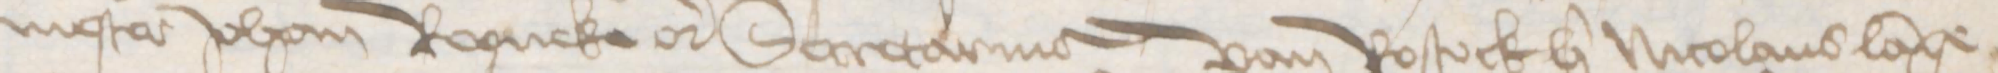
nester Johan Ropneke etcetera Secretarius van Rostock her Nicolaus Lange